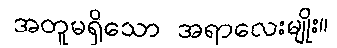
အတူမရှိသော အရာလေးမျိုး။